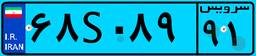
۶۸S۰۸۹۹۱